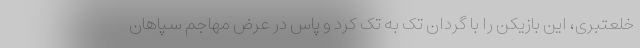
خلعتبری، این بازیکن را با گردان تک به تک کرد و پاس در عرض مهاجم سپاهان